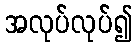
အလုပ်လုပ်၍